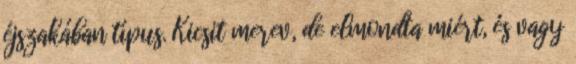
éjszakában típus. Kicsit merev, de elmondta miért, és vagy